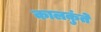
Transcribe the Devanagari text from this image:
कालकुंते